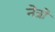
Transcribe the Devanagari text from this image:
नेत्रो